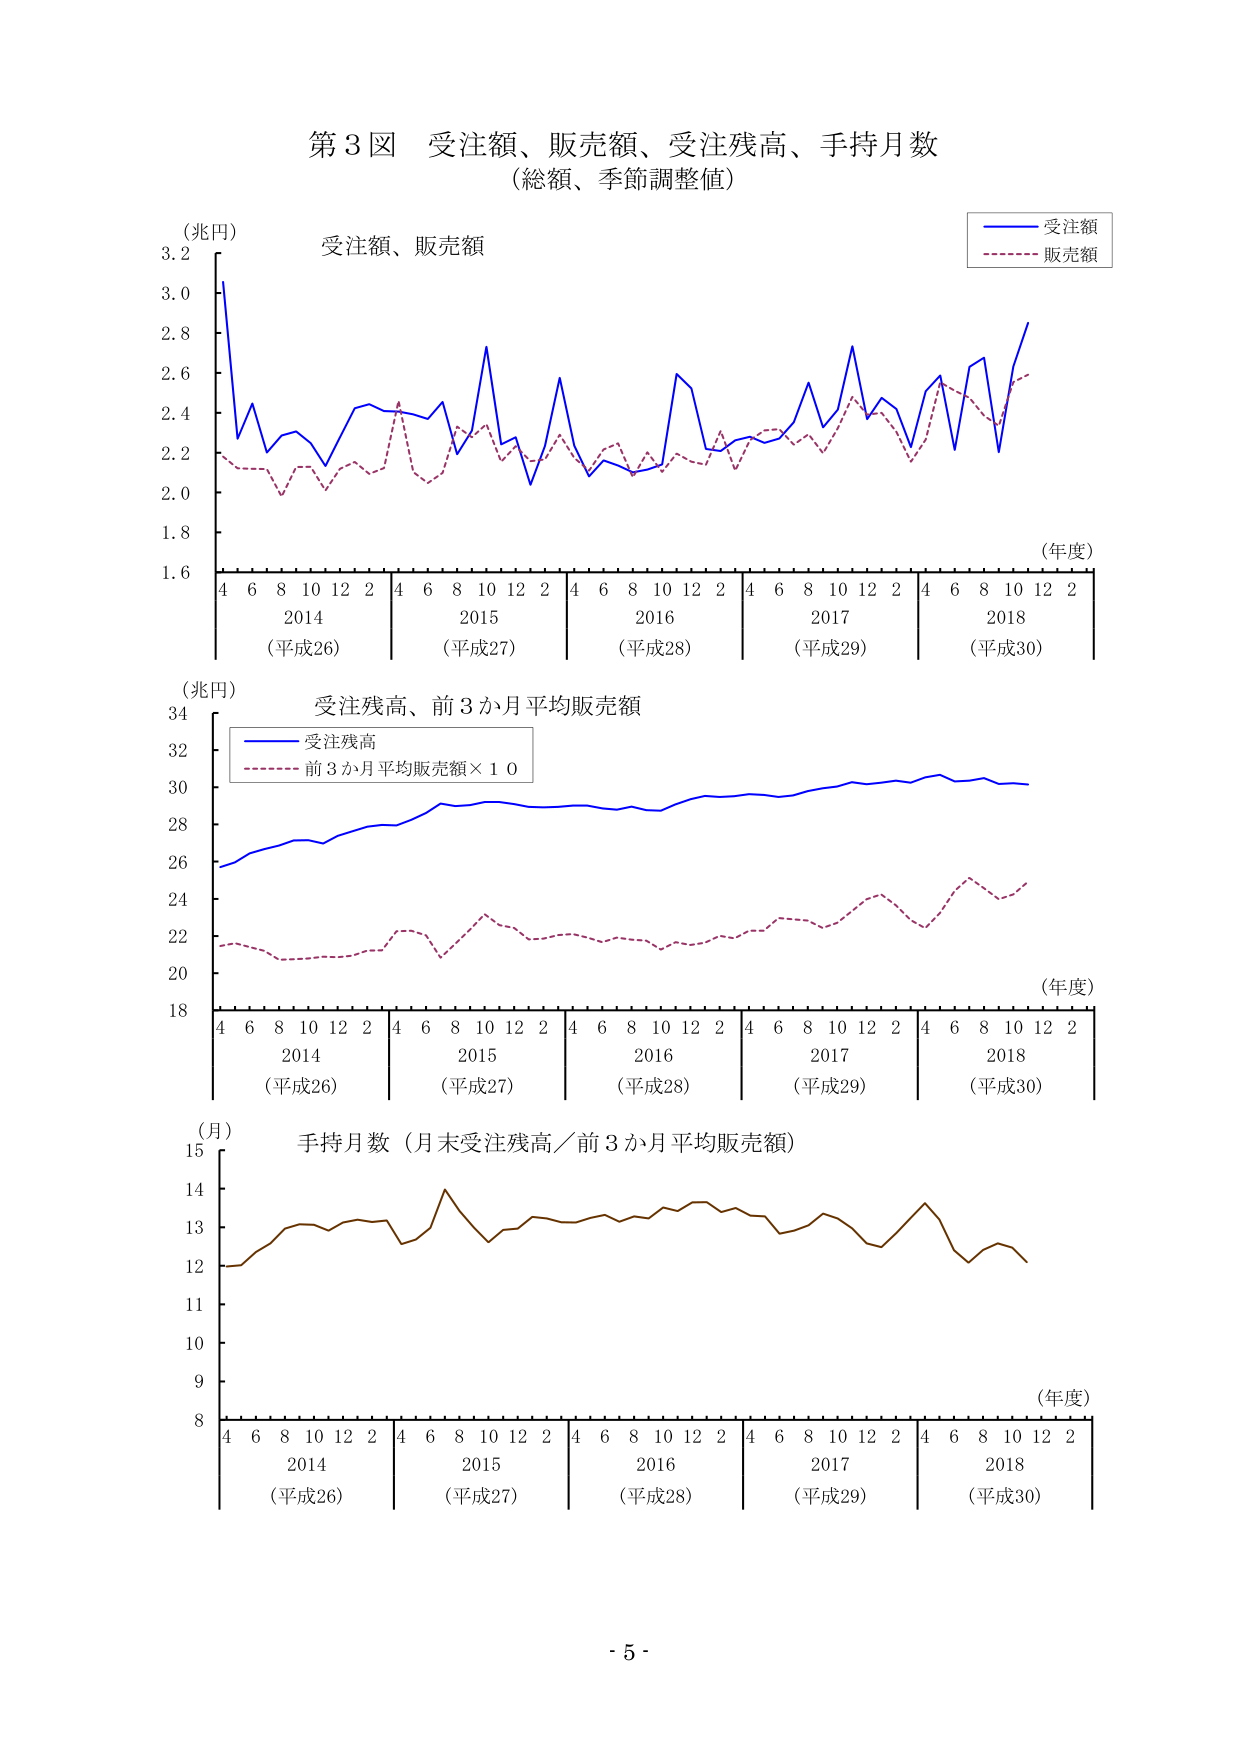
第3図 受注額、販売額、受注残高、手持月数
（総額、季節調整値）

（兆円）
受注額、販売額
（年度）
4 6 8 10 12 2 4 6 8 10 12 2 4 6 8 10 12 2 4 6 8 10 12 2 4 6 8 10 12 2
2014 （平成26） 2015 （平成27） 2016 （平成28） 2017 （平成29） 2018 （平成30）
（受注額）
（販売額）

（兆円）
受注残高、前3か月平均販売額
（年度）
4 6 8 10 12 2 4 6 8 10 12 2 4 6 8 10 12 2 4 6 8 10 12 2 4 6 8 10 12 2
2014 （平成26） 2015 （平成27） 2016 （平成28） 2017 （平成29） 2018 （平成30）
（受注残高）
（前3か月平均販売額×10）

（月）
手持月数（月末受注残高／前3か月平均販売額）
（年度）
4 6 8 10 12 2 4 6 8 10 12 2 4 6 8 10 12 2 4 6 8 10 12 2 4 6 8 10 12 2
2014 （平成26） 2015 （平成27） 2016 （平成28） 2017 （平成29） 2018 （平成30）

- 5 -